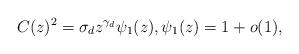
LaTeX: \begin{align*} C(z)^2 = \sigma_d z^{\gamma_d} \psi_1(z) , \psi_1(z) = 1+o(1) , \end{align*}